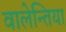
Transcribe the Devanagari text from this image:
वालेन्तिया